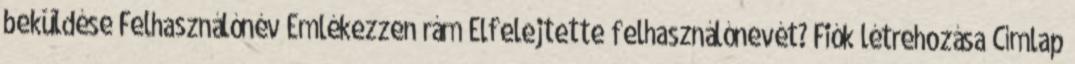
beküldése Felhasználónév Emlékezzen rám Elfelejtette felhasználónevét? Fiók létrehozása Címlap